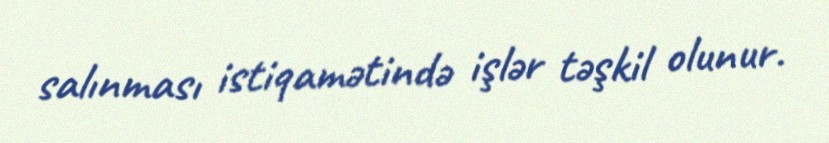
salınması istiqamətində işlər təşkil olunur.